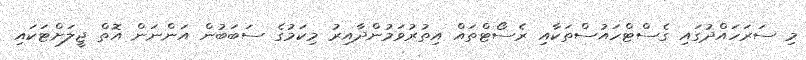
މި ސަރަހައްދުގައި ގެސްޓްހައުސްތަކާއި ރެސޯޓްތައް އިތުރުވަމުންދާއިރު މިކަމުގެ ސަބަބުން އަންނަން އޮތް ޖީލަށްޓަކައި